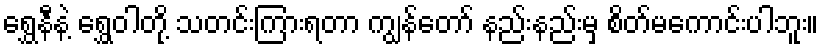
ရွှေနီနဲ့ ရွှေဝါတို့ သတင်းကြားရတာ ကျွန်တော် နည်းနည်းမှ စိတ်မကောင်းပါဘူး။